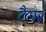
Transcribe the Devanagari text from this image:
टैगर